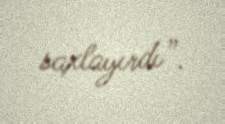
saxlayırdı”.